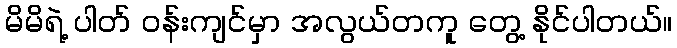
မိမိရဲ့ ပါတ် ဝန်းကျင်မှာ အလွယ်တကူ တွေ့ နိုင်ပါတယ်။